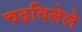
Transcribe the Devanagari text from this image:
चढविलेले